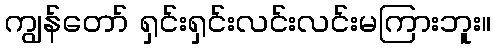
ကျွန်တော် ရှင်းရှင်းလင်းလင်းမကြားဘူး။